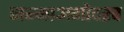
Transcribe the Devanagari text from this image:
जन्माअगोदरच